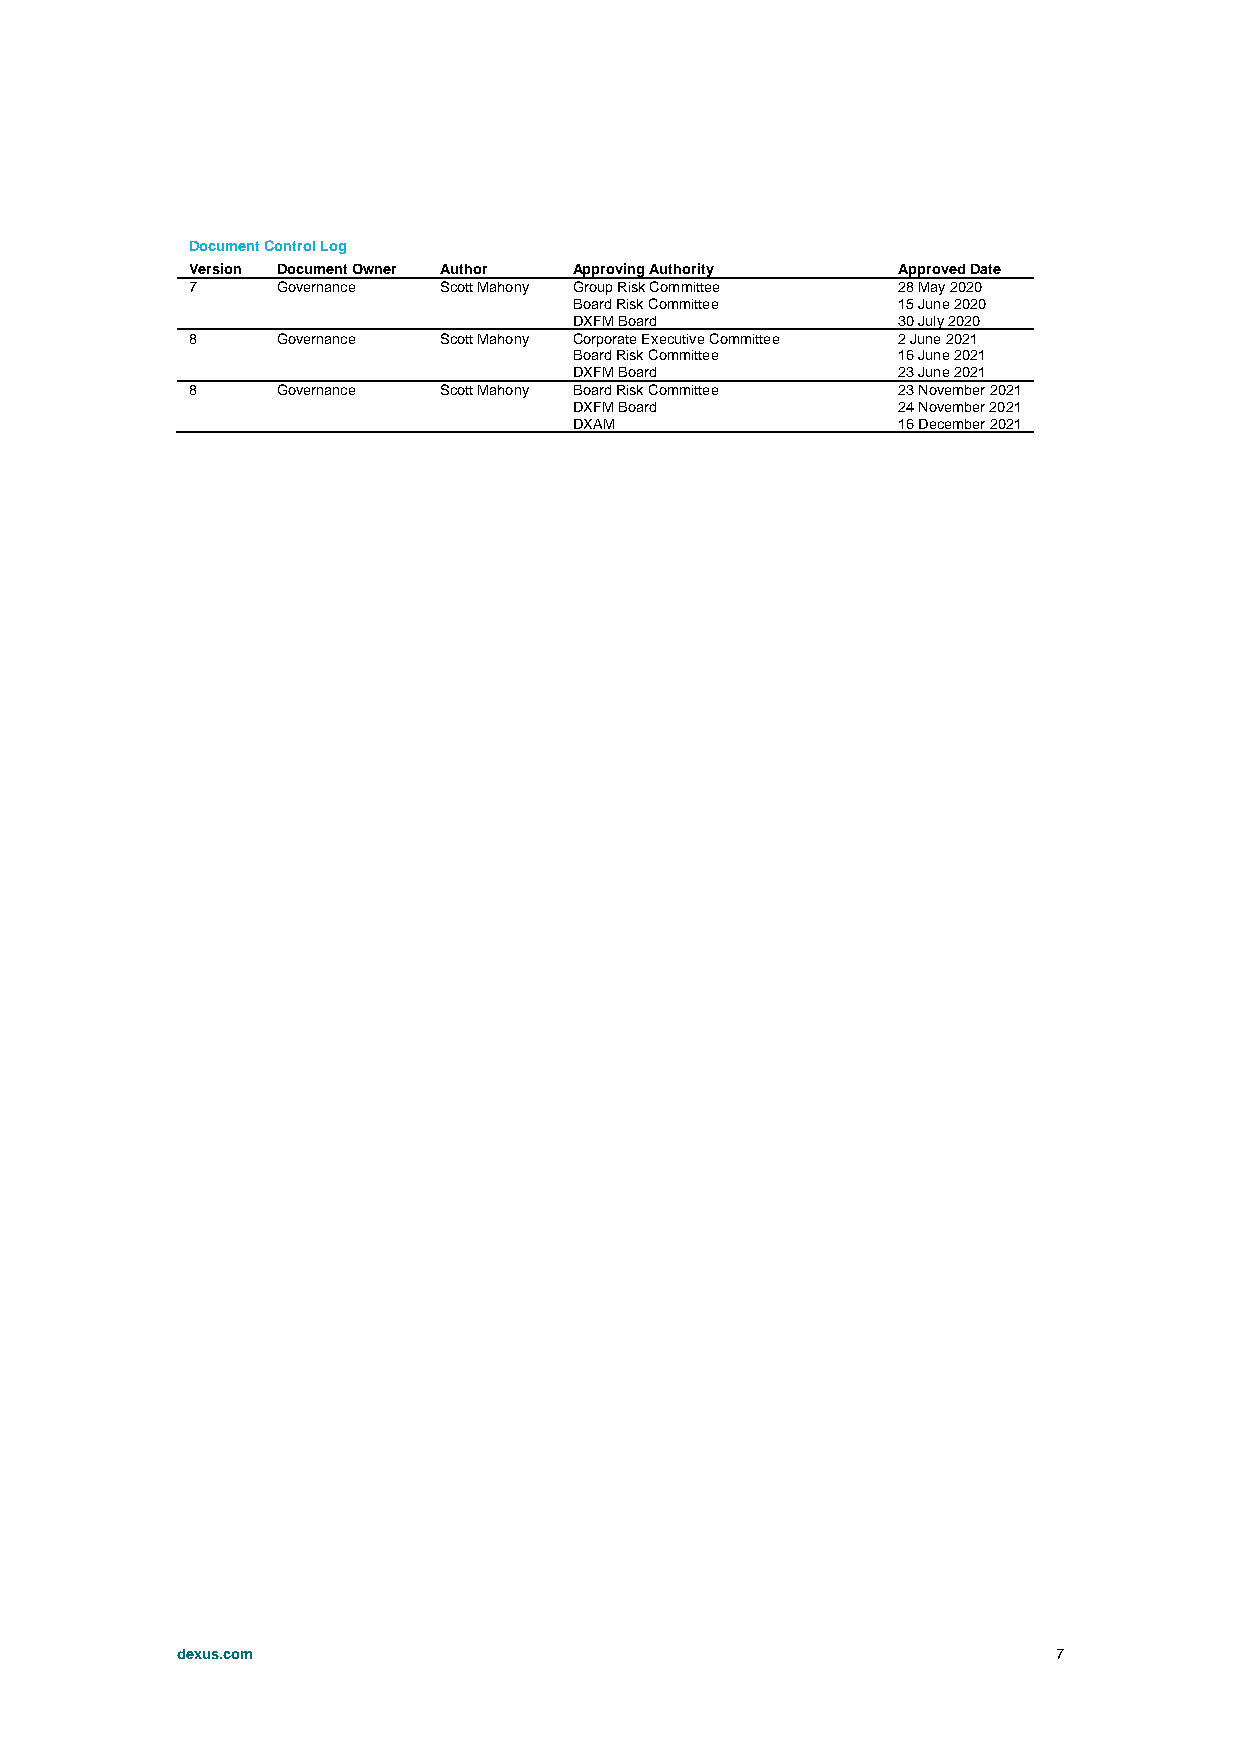
Document Control Log
 Version Document Owner Author Approving Authority Approved Date
 7     Governance Scott Mahony Group Risk Committee 28 May 2020
 Board Risk Committee 15 June 2020
 DXFM Board           30 July 2020
 8     Governance Scott Mahony Corporate Executive Committee 2 June 2021
 Board Risk Committee 16 June 2021
 DXFM Board           23 June 2021
 8     Governance Scott Mahony Board Risk Committee 23 November 2021
 DXFM Board           24 November 2021
 DXAM                 16 December 2021
 dexus.com                                                 7